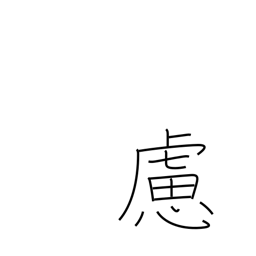
Meaning: prudence